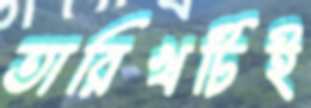
তারিখটিই